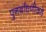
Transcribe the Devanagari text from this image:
पुनर्बांधणीकडे